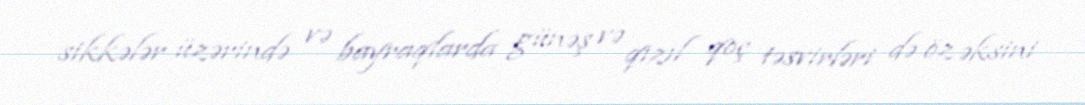
sikkələr üzərində və bayraqlarda günəş və qızıl qoç təsvirləri də öz əksini